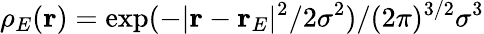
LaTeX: \rho_{E}(\mathbf{r})=\exp(-\vert\mathbf{r}-\mathbf{r}_{E}\vert^{2}/2\sigma^{2})/(2\pi)^{3/2}\sigma^{3}